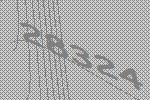
28324